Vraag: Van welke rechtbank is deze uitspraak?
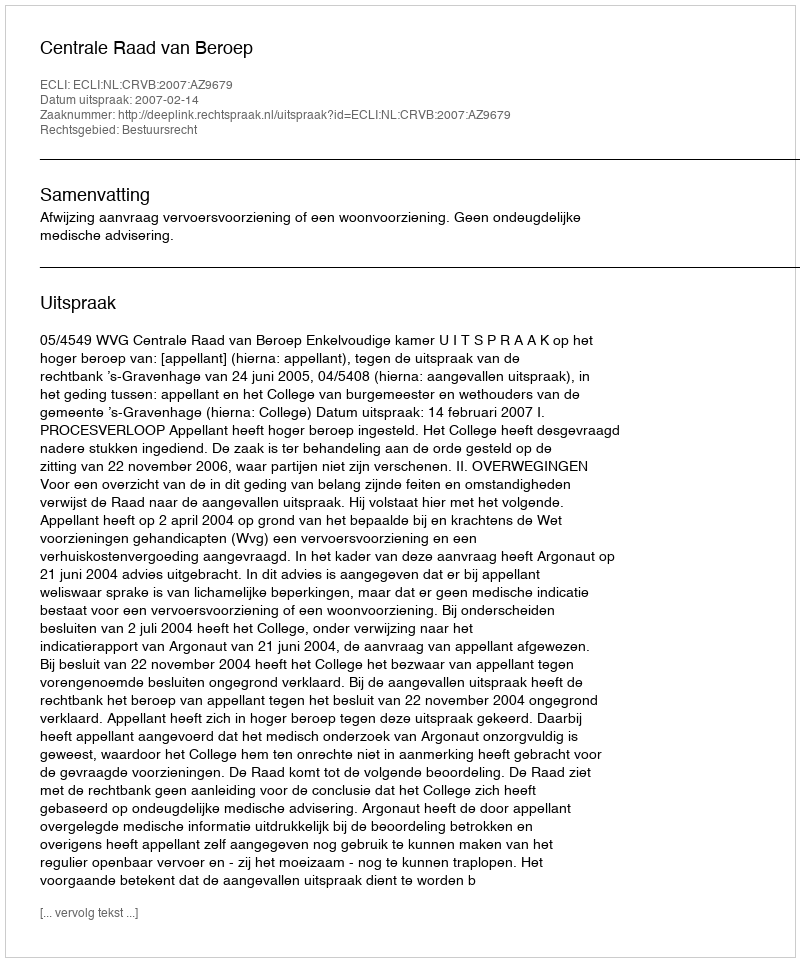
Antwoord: Centrale Raad van Beroep